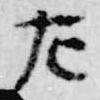
左